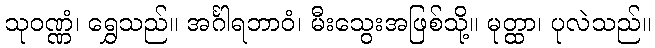
သုဝဏ္ဏံ၊ ရွှေသည်။ အင်္ဂါရဘာဝံ၊ မီးသွေးအဖြစ်သို့။ မုတ္ထာ၊ ပုလဲသည်။